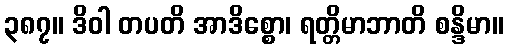
၃၈၇။ ဒိဝါ တပတိ အာဒိစ္စော၊ ရတ္တိမာဘာတိ စန္ဒိမာ။